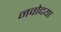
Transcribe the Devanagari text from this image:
नवोदया